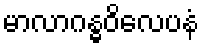
မာလာဂန္ဓဝိလေပနံ